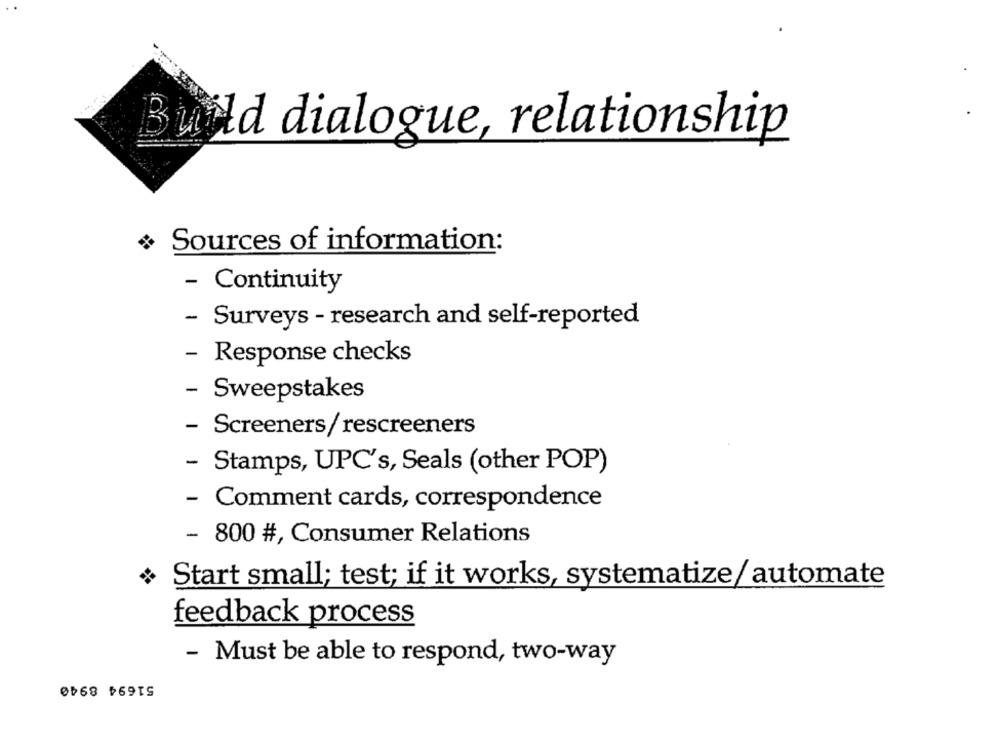
Build dialogue, relationship
Sources of information:
- Continuity
- Surveys - research and self-reported
- Response checks
-
Sweepstakes
- Screeners/ rescreeners
- Stamps, UPC's, Seals (other POP)
- Comment cards, correspondence
- 800 #, Consumer Relations
Start small; test; if it works, systematize/ automate
feedback process
- Must be able to respond, two-way